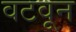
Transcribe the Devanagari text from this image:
वटवून